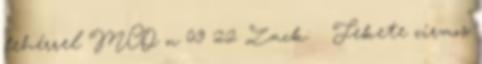
fehérrel MCO n 09 22 Zack: ♂ Fekete cirmos